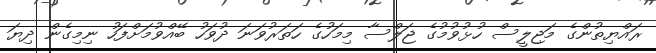
ރައްޔިތުންގެ މަޖިލީސް ހުޅުވުމުގެ ޖަލްސާ މިމަހުގެ ހަތަރުވަނަ ދުވަހު ބޭއްވުމަށްފަހު ނިމިގެން ދިޔަ